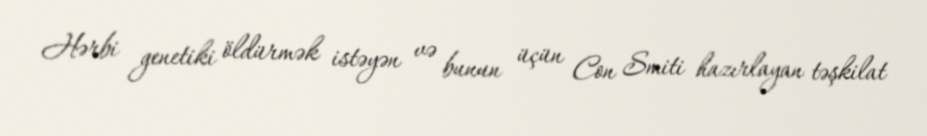
Hərbi genetiki öldürmək istəyən və bunun üçün Con Smiti hazırlayan təşkilat